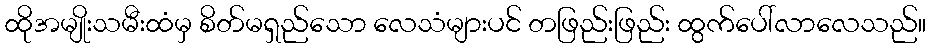
ထိုအမျိုးသမီးထံမှ စိတ်မရှည်သော လေသံများပင် တဖြည်းဖြည်း ထွက်ပေါ်လာလေသည်။